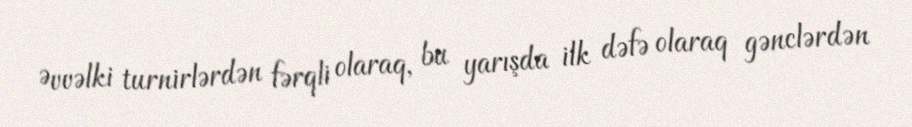
Əvvəlki turnirlərdən fərqli olaraq, bu yarışda ilk dəfə olaraq gənclərdən